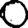
Digit: 0